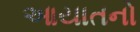
આયાતનો